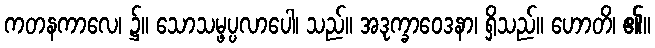
ကတနကာလေ၊ ၌။ သောသမ္ဖပ္ပလာပေါ၊ သည်။ အဒုက္ခာဝေဒနာ၊ ရှိသည်။ ဟောတိ၊ ၏။